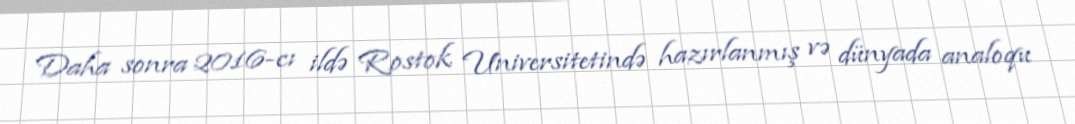
Daha sonra 2016-cı ildə Rostok Universitetində hazırlanmış və dünyada analoqu